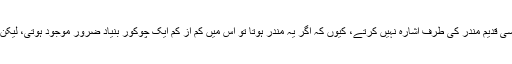
لیکن ان مبصرین نے اپنی شہادت میں کہا ہے کہ محکمہ آثارِ قدیمہ کی رپورٹ میں اصل شواہد کسی قدیم مندر کی طرف اشارہ نہیں کرتے، کیوں کہ اگر یہ مندر ہوتا تو اس میں کم از کم ایک چوکور بنیاد ضرور موجود ہوتی، لیکن موجودہ شواہد اس امکان کی طرف اشارہ کر رہے ہیں کہ اس مقام پر ایک بڑی مسجد موجود تھی۔